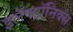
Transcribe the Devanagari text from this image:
इलॅक्ट्रॉनिक्स